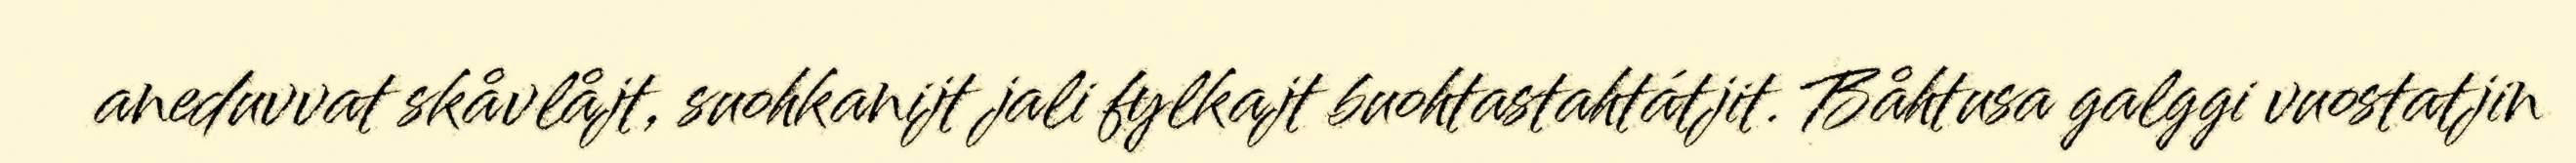
aneduvvat skåvlåjt, suohkanijt jali fylkajt buohtastahtátjit. Båhtusa galggi vuostatjin